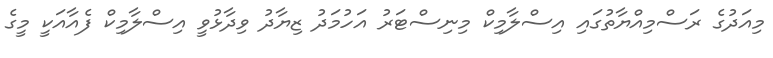
މިއަދުގެ ރަސްމިއްޔާތުގައި އިސްލާމިކް މިނިސްޓަރު އަހުމަދު ޒިޔާދު ވިދާޅުވީ އިސްލާމިކް ފެއާއަކީ މީގެ